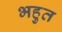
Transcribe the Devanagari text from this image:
भहुत